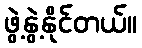
ဖွဲ့နွဲ့နိုင်တယ်။